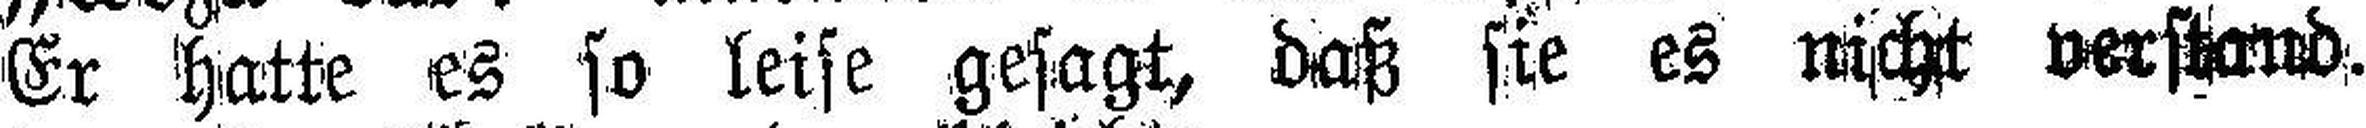
Er hatte es so leise gesagt, daß sie es nicht verstand.